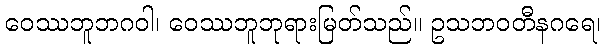
ဝေဿဘူဘဂဝါ၊ ဝေဿဘူဘုရားမြတ်သည်။ ဥသဘဝတီနဂရေ၊